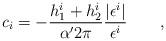
LaTeX: \begin{align*}{\it c}_i=-\frac{h_1^i+h_2^i}{\alpha ^{\prime }2\pi }\frac{\left| \epsilon^i\right| }{\epsilon ^i}\qquad , \end{align*}